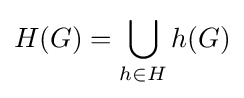
H(G)=\bigcup _{h\in H}h(G)